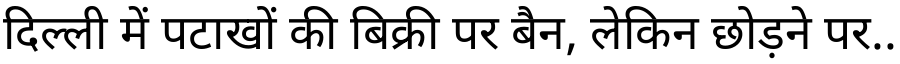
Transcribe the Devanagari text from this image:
दिल्ली में पटाखों की बिक्री पर बैन, लेकिन छोड़ने पर..